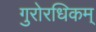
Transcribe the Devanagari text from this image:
गुरोरधिकम्